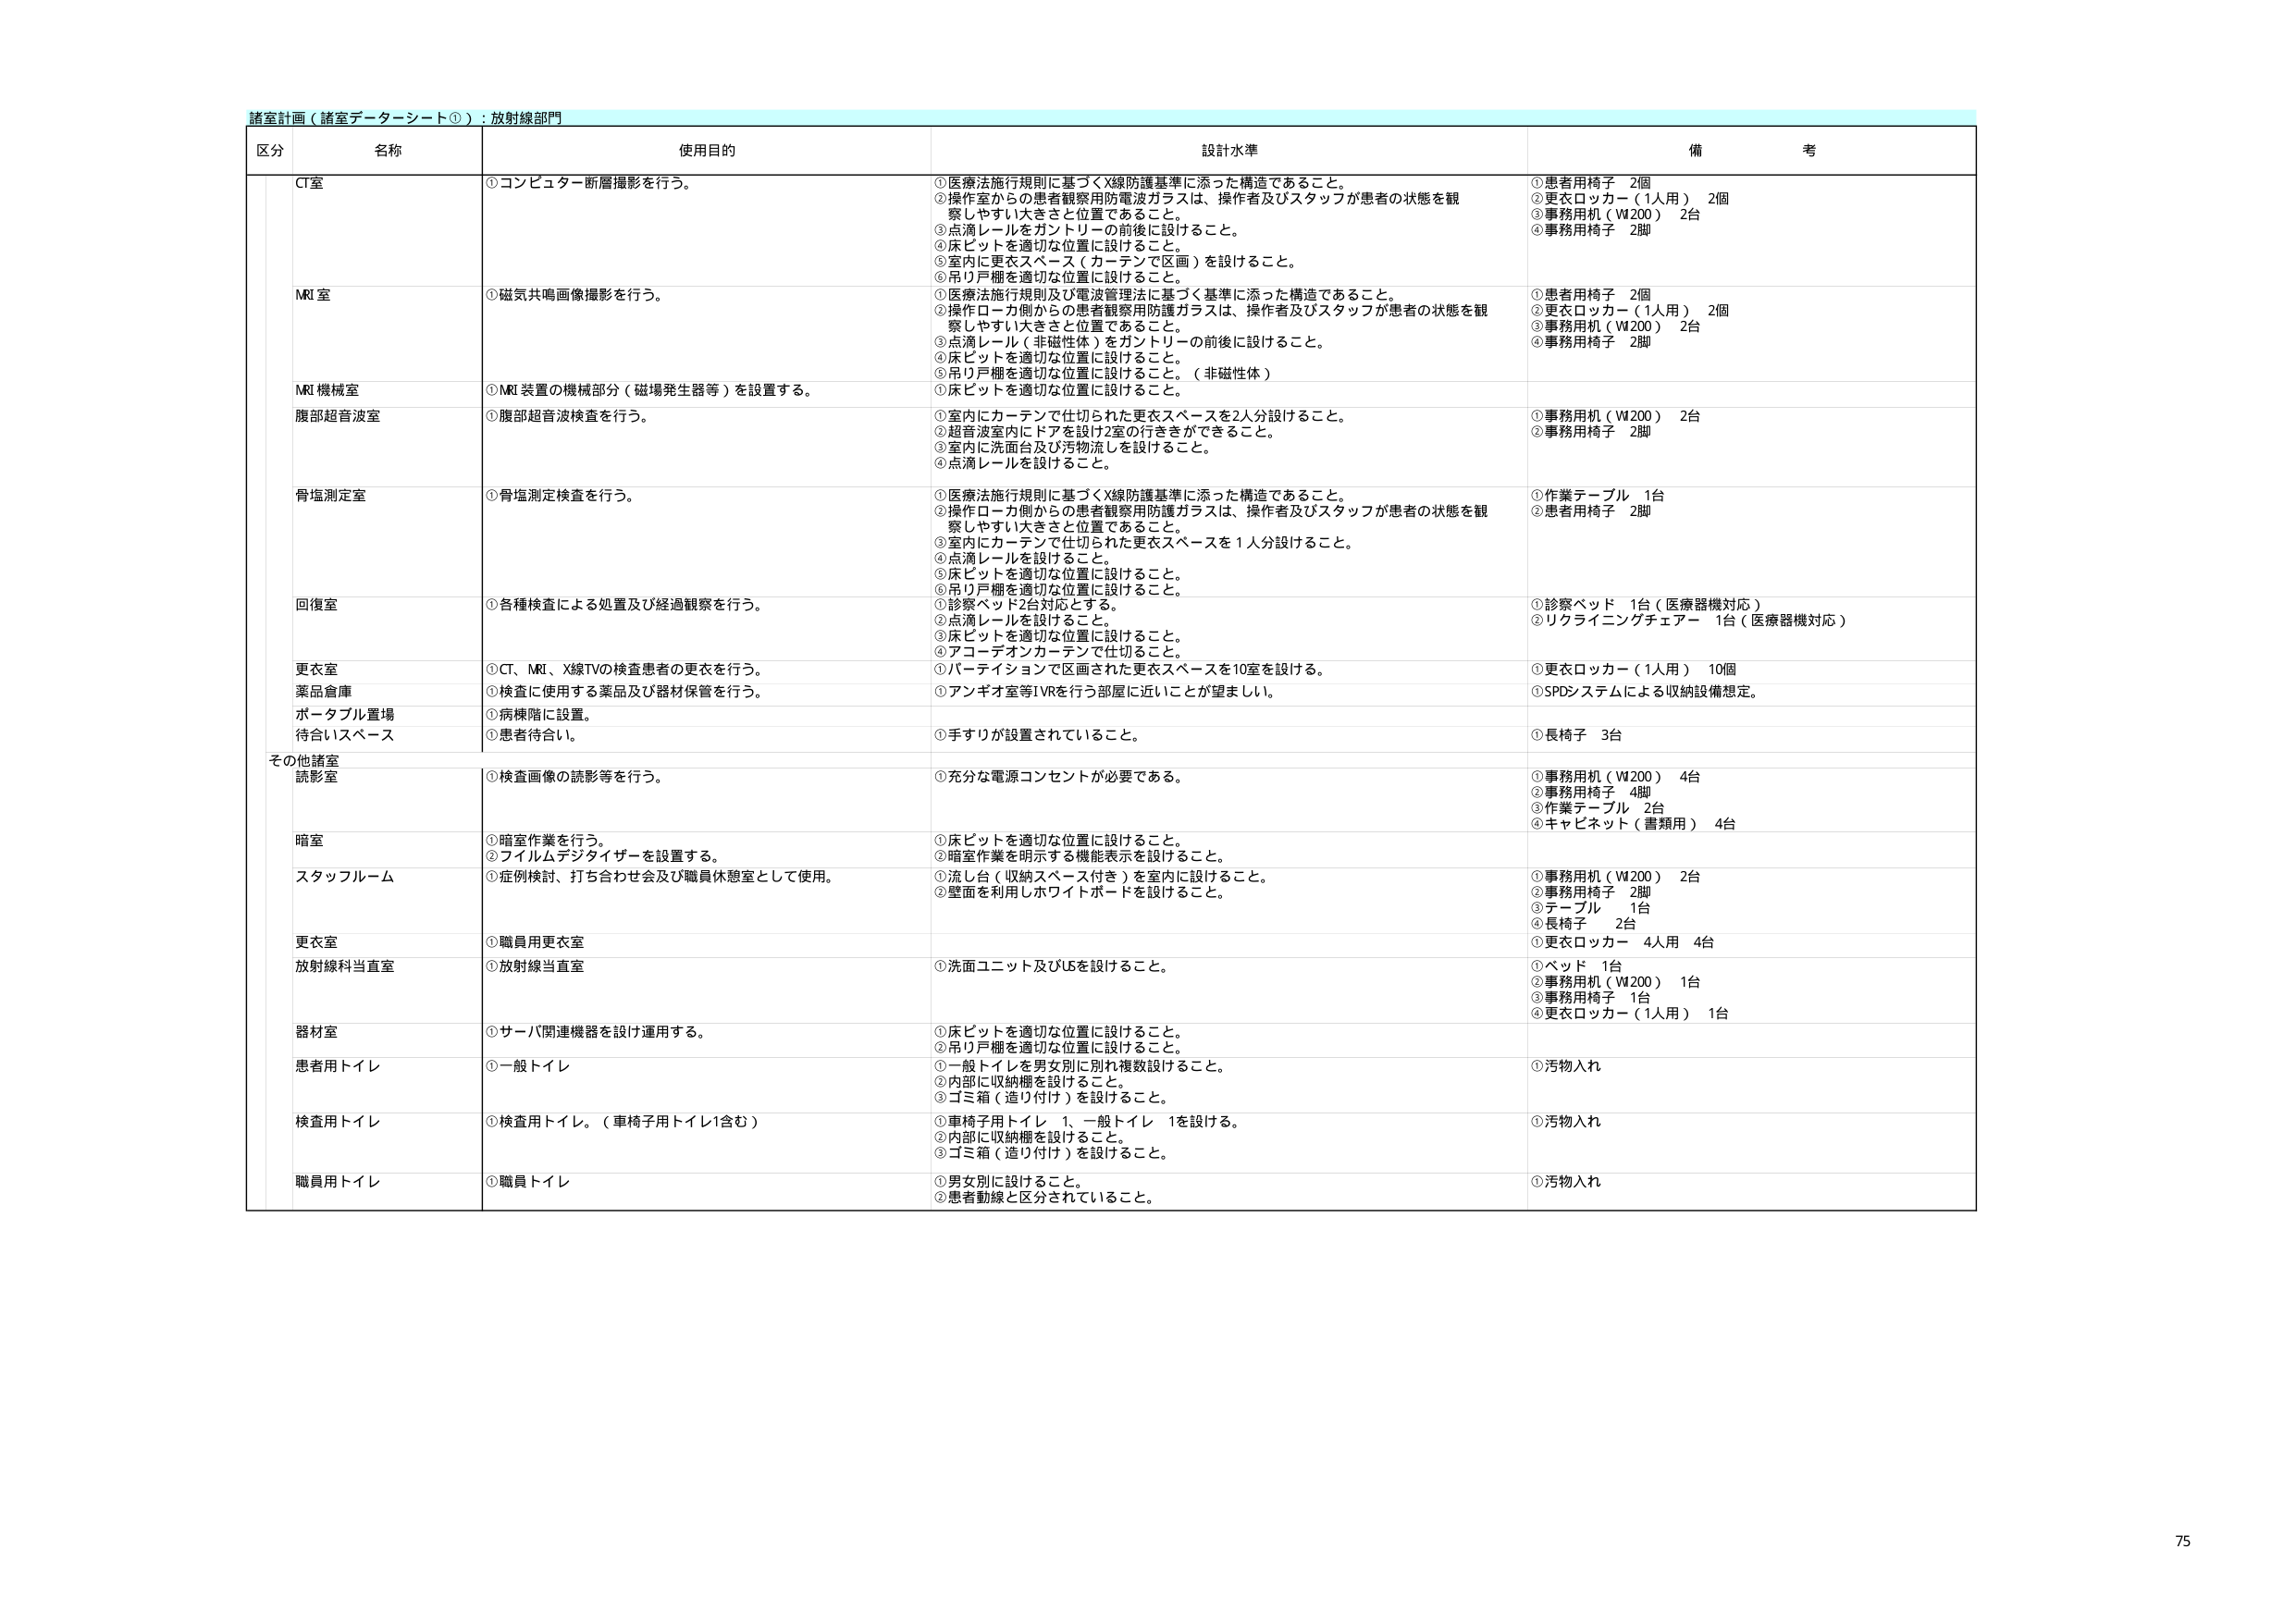
諸室計画（諸室データシート①）：放射線部門

区分 名称 使用目的 設計水準 備考

CT室 ①コンピューター断層撮影を行う。 ①医療法施行規則に基づくX線防護基準に添った構造であること。 ②操作室からの患者観察用防電波ガラスは、操作者及びスタッフが患者の状態を観察しやすい大きさと位置であること。 ③点滴レールをガントリーの前後に設けること。 ④床ピットを適切な位置に設けること。 ⑤室内に更衣スペース（カーテンで区画）を設けること。 ⑥吊り戸棚を適切な位置に設けること。 ①患者用椅子 2個 ②更衣ロッカー（1人用） 2個 ③事務用机（W200） 2台 ④事務用椅子 2脚

MRI室 ①磁気共鳴画像撮影を行う。 ①医療法施行規則及び電波管理法に基づく基準に添った構造であること。 ②操作ローカ側からの患者観察用防護ガラスは、操作者及びスタッフが患者の状態を観察しやすい大きさと位置であること。 ③点滴レール（非磁性体）をガントリーの前後に設けること。 ④床ピットを適切な位置に設けること。 ⑤吊り戸棚を適切な位置に設けること。（非磁性体） ①患者用椅子 2個 ②更衣ロッカー（1人用） 2個 ③事務用机（W200） 2台 ④事務用椅子 2脚

MRI機械室 ①MRI装置の機械部分（磁場発生器等）を設置する。 ①床ピットを適切な位置に設けること。

腹部超音波室 ①腹部超音波検査を行う。 ①室内にカーテンで仕切られた更衣スペースを2人分設けること。 ②超音波室内にドアを設け2室の行き来ができること。 ③室内に洗面台及び汚物流しを設けること。 ④点滴レールを設けること。 ①事務用机（W200） 2台 ②事務用椅子 2脚

骨塩測定室 ①骨塩測定検査を行う。 ①医療法施行規則に基づくX線防護基準に添った構造であること。 ②操作ローカ側からの患者観察用防護ガラスは、操作者及びスタッフが患者の状態を観察しやすい大きさと位置であること。 ③室内にカーテンで仕切られた更衣スペースを1人分設けること。 ④点滴レールを設けること。 ⑤床ピットを適切な位置に設けること。 ⑥吊り戸棚を適切な位置に設けること。 ①作業テーブル 1台 ②患者用椅子 2脚

回復室 ①各種検査による処置及び経過観察を行う。 ①診察ベッド2台対応とする。 ②点滴レールを設けること。 ③床ピットを適切な位置に設けること。 ④アコーディオンカーテンで仕切ること。 ①診察ベッド 1台（医療器機対応） ②リクライニングチェアー 1台（医療器機対応）

更衣室 ①CT、MRI、X線TVの検査患者の更衣を行う。 ①パーテイションで区画された更衣スペースを10室を設ける。 ①更衣ロッカー（1人用） 10個

薬品倉庫 ①検査に使用する薬品及び器材保管を行う。 ①アンギオ室等IVRを行う部屋に近いことが望ましい。 ①SPDシステムによる収納設備想定。

ポータブル置場 ①病棟階に設置。

待合いスペース ①患者待合い。 ①手すりが設置されていること。 ①長椅子 3台

その他諸室

読影室 ①検査画像の読影等を行う。 ①充分な電源コンセントが必要である。 ①事務用机（W200） 4台 ②事務用椅子 4脚 ③作業テーブル 2台 ④キャビネット（書類用） 4台

暗室 ①暗室作業を行う。 ②フィルムデジタイザーを設置する。 ①床ピットを適切な位置に設けること。 ②暗室作業を明示する機能表示を設けること。

スタッフルーム ①症例検討、打ち合わせ会及び職員休憩室として使用。 ①流し台（収納スペース付き）を室内に設けること。 ②壁面を利用しホワイトボードを設けること。 ①事務用机（W200） 2台 ②事務用椅子 2脚 ③テーブル 1台 ④長椅子 2台

更衣室 ①職員用更衣室 ①更衣ロッカー 4人用 4台

放射線科当直室 ①放射線当直室 ①洗面ユニット及びUSを設けること。 ①ベッド 1台 ②事務用机（W200） 1台 ③事務用椅子 1台 ④更衣ロッカー（1人用） 1台

器材室 ①サーバ関連機器を設け運用する。 ①床ピットを適切な位置に設けること。 ②吊り戸棚を適切な位置に設けること。

患者用トイレ ①一般トイレ ①一般トイレを男女別に別れ複数設けること。 ②内部に収納棚を設けること。 ③ゴミ箱（造り付け）を設けること。 ①汚物入れ

検査用トイレ ①検査用トイレ。（車椅子用トイレ1含む） ①車椅子用トイレ 1、一般トイレ 1を設ける。 ②内部に収納棚を設けること。 ③ゴミ箱（造り付け）を設けること。 ①汚物入れ

職員用トイレ ①職員トイレ ①男女別に設けること。 ②患者動線と区分されていること。 ①汚物入れ

75